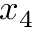
x _ { 4 }